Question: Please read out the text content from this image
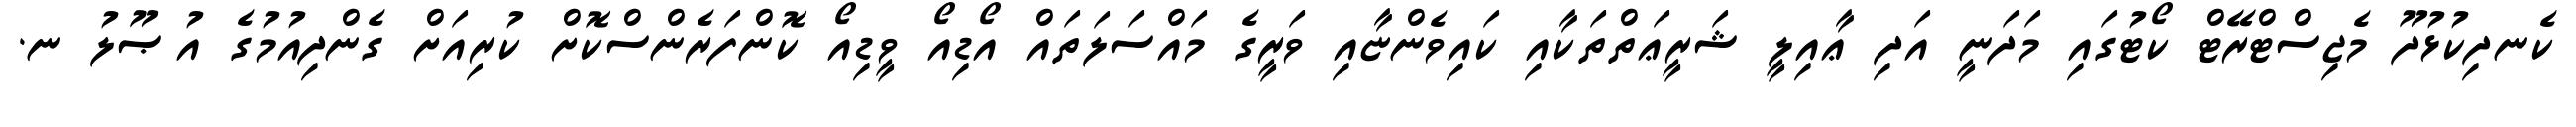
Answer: ކެނދިކުޅުދޫ މެޖިސްޓްރޭޓް ކޯޓުގައި މަދަނީ އަދި ޢާއިލީ ޝަރީޢަތްތަކާއި ކައިވެންޏާއި ވަރީގެ މައްސަލަތައް އޯޑިއޯ ވީޑިއޯ ކޮންފަރެންސްކޮށް ކުރިއަށް ގެންދިއުމުގެ އުޞޫލު ނ.